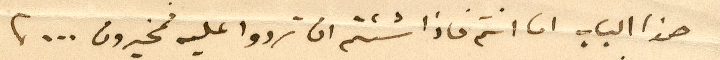
هذا الباب اما انتم فاذا شئتم ان تردوا عليه فمخيرون...